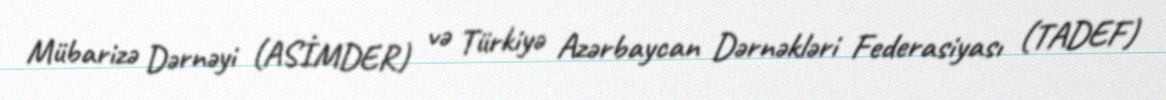
Mübarizə Dərnəyi (ASİMDER) və Türkiyə Azərbaycan Dərnəkləri Federasiyası (TADEF)